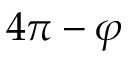
4 \pi - \varphi